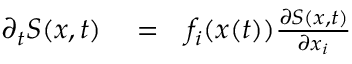
\begin{array} { r l r } { \partial _ { t } S ( x , t ) } & { { } = } & { f _ { i } ( x ( t ) ) \frac { \partial S ( x , t ) } { \partial x _ { i } } } \end{array}